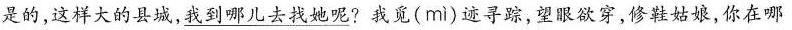
是的，这样大的县城，\underline{我到哪儿去找她呢?}我竟(mi)速寻踪，望眼欲穿，修鞋姑娘，你在哪